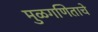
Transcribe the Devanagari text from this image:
मुळगणिताचे